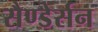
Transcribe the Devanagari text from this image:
सैण्डेर्सन